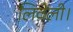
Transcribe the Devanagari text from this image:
लिवेली।